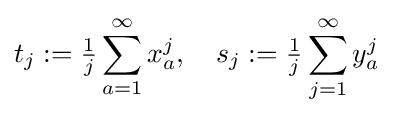
t_{j}:={\tfrac {1}{j}}\sum _{a=1}^{\infty }x_{a}^{j},\quad s_{j}:={\tfrac {1}{j}}\sum _{j=1}^{\infty }y_{a}^{j}